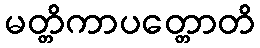
မတ္တိကာပတ္တောတိ